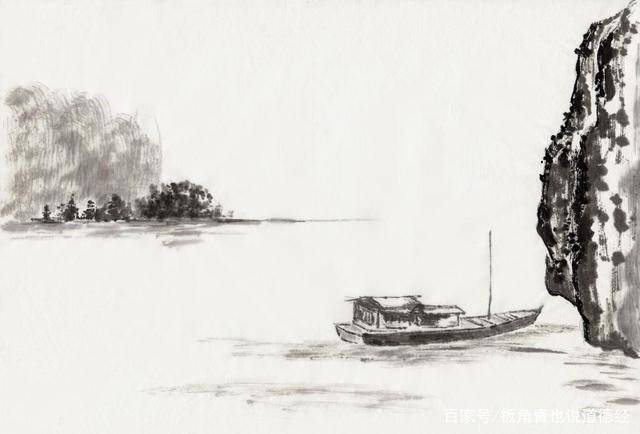
处颠者危，势丰者亏。